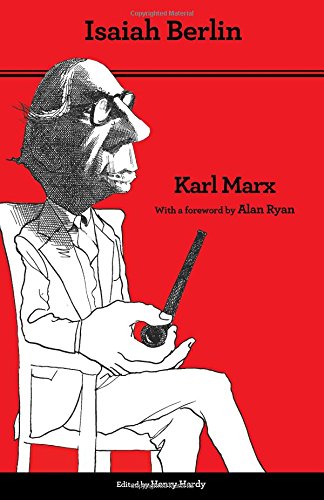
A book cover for Karl Marx: Thoroughly Revised Fifth edition; Isaiah Berlin; Biographies & Memoirs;